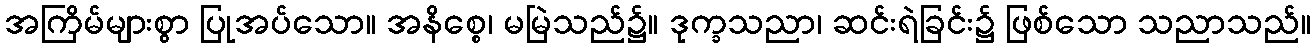
အကြိမ်များစွာ ပြုအပ်သော။ အနိစ္စေ၊ မမြဲသည်၌။ ဒုက္ခသညာ၊ ဆင်းရဲခြင်း၌ ဖြစ်သော သညာသည်။